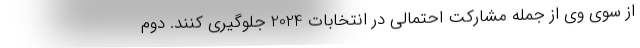
از سوی وی از جمله مشارکت احتمالی در انتخابات 2024 جلوگیری کنند. دوم